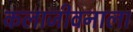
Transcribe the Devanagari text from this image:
कलाजीवनाला